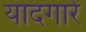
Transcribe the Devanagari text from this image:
यादगारें